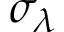
\sigma _ { \lambda }